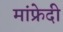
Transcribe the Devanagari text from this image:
मांफ्रेदी